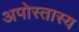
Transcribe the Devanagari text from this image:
अपोस्तास्य